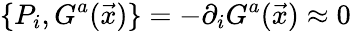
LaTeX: \{ P_{i},G^{a}(\vec{x})\} =-\partial_{i}G^{a}(\vec{x})\approx 0